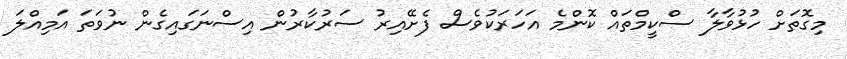
މިގޮތަށް ހުޅުވާލާ ސްކީމްތައް ކޮންމެ އަހަރަކުވެސް ފެށޭއިރު ސަރުކާރުން އިސްނަގައިގެން ނުވަތަ އަމިއްލަ